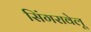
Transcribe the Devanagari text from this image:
सिंगरावेलू